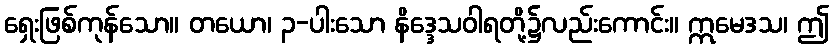
ရှေးဖြစ်ကုန်သော။ တယော၊ ၃-ပါးသော နိဒ္ဒေသဝါရတို့၌လည်းကောင်း။ ဣမေဒသ၊ ဤ